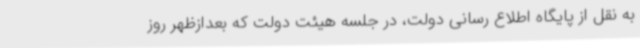
به نقل از پایگاه اطلاع رسانی دولت، در جلسه هیئت دولت که بعدازظهر روز